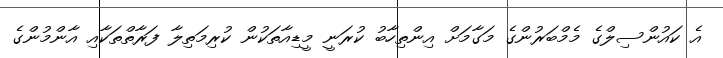
އެ ކައުންސިލްގެ މެމްބަރުންގެ މަގާމަށް އިންތިހާބު ކުރަނީ މީޑިއާތަކުން ކުރިމަތިލާ ފަރާތްތަކާއި އާންމުންގެ